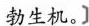
勃生机。]